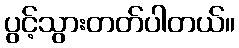
ပွင့်သွားတတ်ပါတယ်။